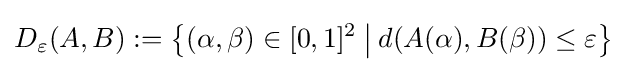
D_{\varepsilon }(A,B):={\bigl \{}(\alpha ,\beta )\in [0,1]^{2}\mathbin {\big |} d(A(\alpha ),B(\beta ))\leq \varepsilon {\bigr \}}